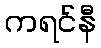
ကရင်နီ